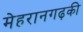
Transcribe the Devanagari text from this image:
मेहरानगढ़की